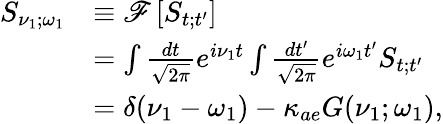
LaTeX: \begin{array}{rl}{S_{\nu_{1};\omega_{1}}}&{\equiv\mathscr{F}\left[S_{t;t^{\prime}}\right]}\\ &{=\int\frac{dt}{\sqrt{2\pi}}e^{i\nu_{1}t}\int\frac{dt^{\prime}}{\sqrt{2\pi}}e^{i\omega_{1}t^{\prime}}S_{t;t^{\prime}}}\\ &{=\delta(\nu_{1}-\omega_{1})-\kappa_{ae}G(\nu_{1};\omega_{1}),}\end{array}